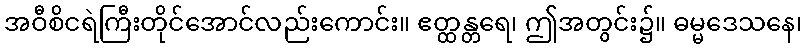
အဝီစိငရဲကြီးတိုင်အောင်လည်းကောင်း။ ဧတ္ထန္တရေ၊ ဤအတွင်း၌။ ဓမ္မဒေသနေ၊